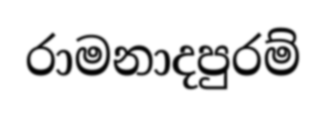
රාමනාදපුරම්